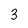
Character: 3